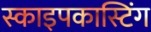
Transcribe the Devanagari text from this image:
स्काइपकास्टिंग